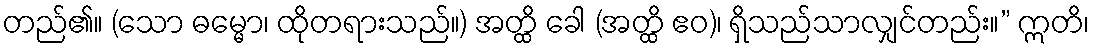
တည်၏။ (သော ဓမ္မော၊ ထိုတရားသည်။) အတ္ထိ ခေါ (အတ္ထိ ဧဝ)၊ ရှိသည်သာလျှင်တည်း။” ဣတိ၊